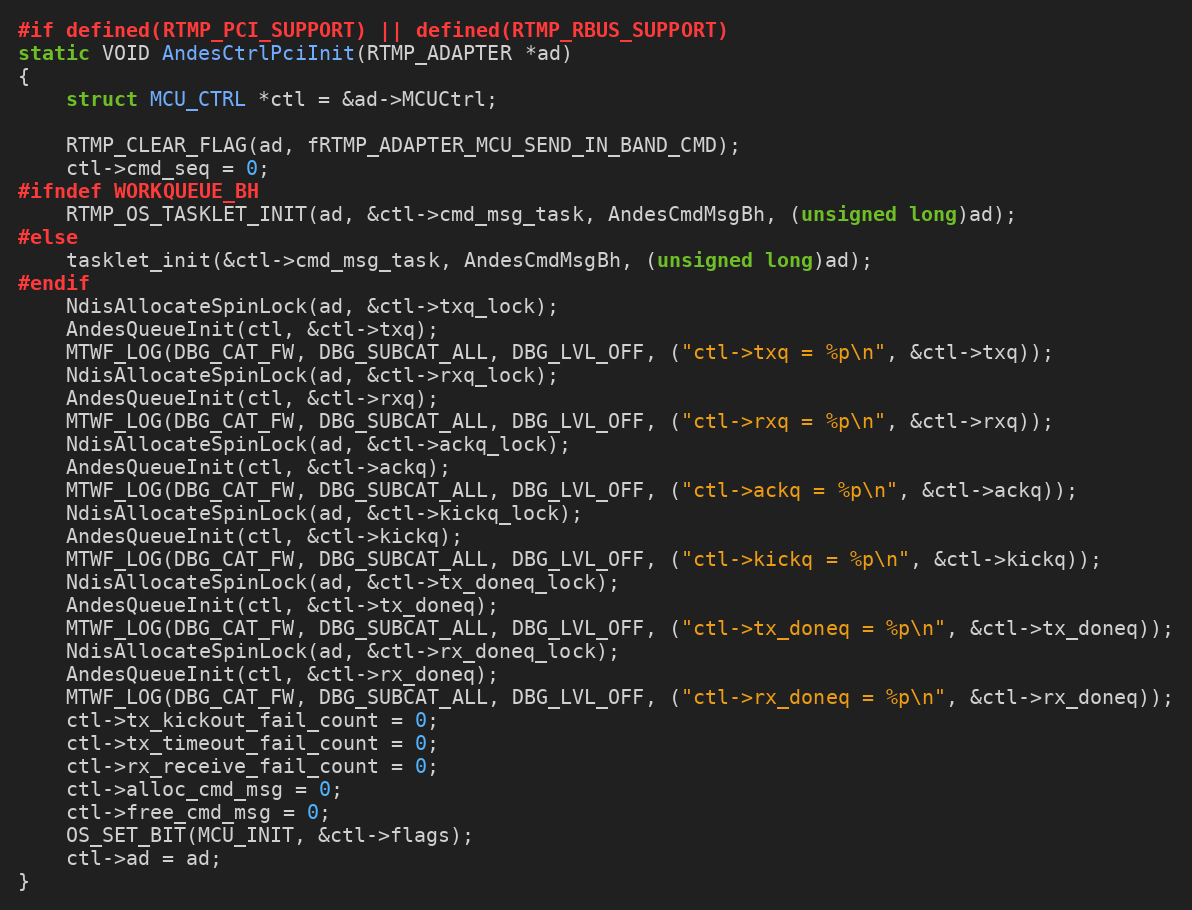
Language: C
#if defined(RTMP_PCI_SUPPORT) || defined(RTMP_RBUS_SUPPORT)
static VOID AndesCtrlPciInit(RTMP_ADAPTER *ad)
{
	struct MCU_CTRL *ctl = &ad->MCUCtrl;

	RTMP_CLEAR_FLAG(ad, fRTMP_ADAPTER_MCU_SEND_IN_BAND_CMD);
	ctl->cmd_seq = 0;
#ifndef WORKQUEUE_BH
	RTMP_OS_TASKLET_INIT(ad, &ctl->cmd_msg_task, AndesCmdMsgBh, (unsigned long)ad);
#else
	tasklet_init(&ctl->cmd_msg_task, AndesCmdMsgBh, (unsigned long)ad);
#endif
	NdisAllocateSpinLock(ad, &ctl->txq_lock);
	AndesQueueInit(ctl, &ctl->txq);
	MTWF_LOG(DBG_CAT_FW, DBG_SUBCAT_ALL, DBG_LVL_OFF, ("ctl->txq = %p\n", &ctl->txq));
	NdisAllocateSpinLock(ad, &ctl->rxq_lock);
	AndesQueueInit(ctl, &ctl->rxq);
	MTWF_LOG(DBG_CAT_FW, DBG_SUBCAT_ALL, DBG_LVL_OFF, ("ctl->rxq = %p\n", &ctl->rxq));
	NdisAllocateSpinLock(ad, &ctl->ackq_lock);
	AndesQueueInit(ctl, &ctl->ackq);
	MTWF_LOG(DBG_CAT_FW, DBG_SUBCAT_ALL, DBG_LVL_OFF, ("ctl->ackq = %p\n", &ctl->ackq));
	NdisAllocateSpinLock(ad, &ctl->kickq_lock);
	AndesQueueInit(ctl, &ctl->kickq);
	MTWF_LOG(DBG_CAT_FW, DBG_SUBCAT_ALL, DBG_LVL_OFF, ("ctl->kickq = %p\n", &ctl->kickq));
	NdisAllocateSpinLock(ad, &ctl->tx_doneq_lock);
	AndesQueueInit(ctl, &ctl->tx_doneq);
	MTWF_LOG(DBG_CAT_FW, DBG_SUBCAT_ALL, DBG_LVL_OFF, ("ctl->tx_doneq = %p\n", &ctl->tx_doneq));
	NdisAllocateSpinLock(ad, &ctl->rx_doneq_lock);
	AndesQueueInit(ctl, &ctl->rx_doneq);
	MTWF_LOG(DBG_CAT_FW, DBG_SUBCAT_ALL, DBG_LVL_OFF, ("ctl->rx_doneq = %p\n", &ctl->rx_doneq));
	ctl->tx_kickout_fail_count = 0;
	ctl->tx_timeout_fail_count = 0;
	ctl->rx_receive_fail_count = 0;
	ctl->alloc_cmd_msg = 0;
	ctl->free_cmd_msg = 0;
	OS_SET_BIT(MCU_INIT, &ctl->flags);
	ctl->ad = ad;
}